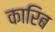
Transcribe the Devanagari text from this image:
कारिब